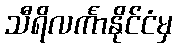
သီရိလင်္ကာနိုင်ငံမှ